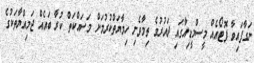
ނަގާފައިވާ ފޮޓޯއެއް މީސްމީޑިއާގައި ދައުރުވެ ތިމާވެށި ހިމާޔަތްކުރުމަށް މަސައްކަތް ކުރާ ބައެއް ޖަމިއްޔާތަކުގެ